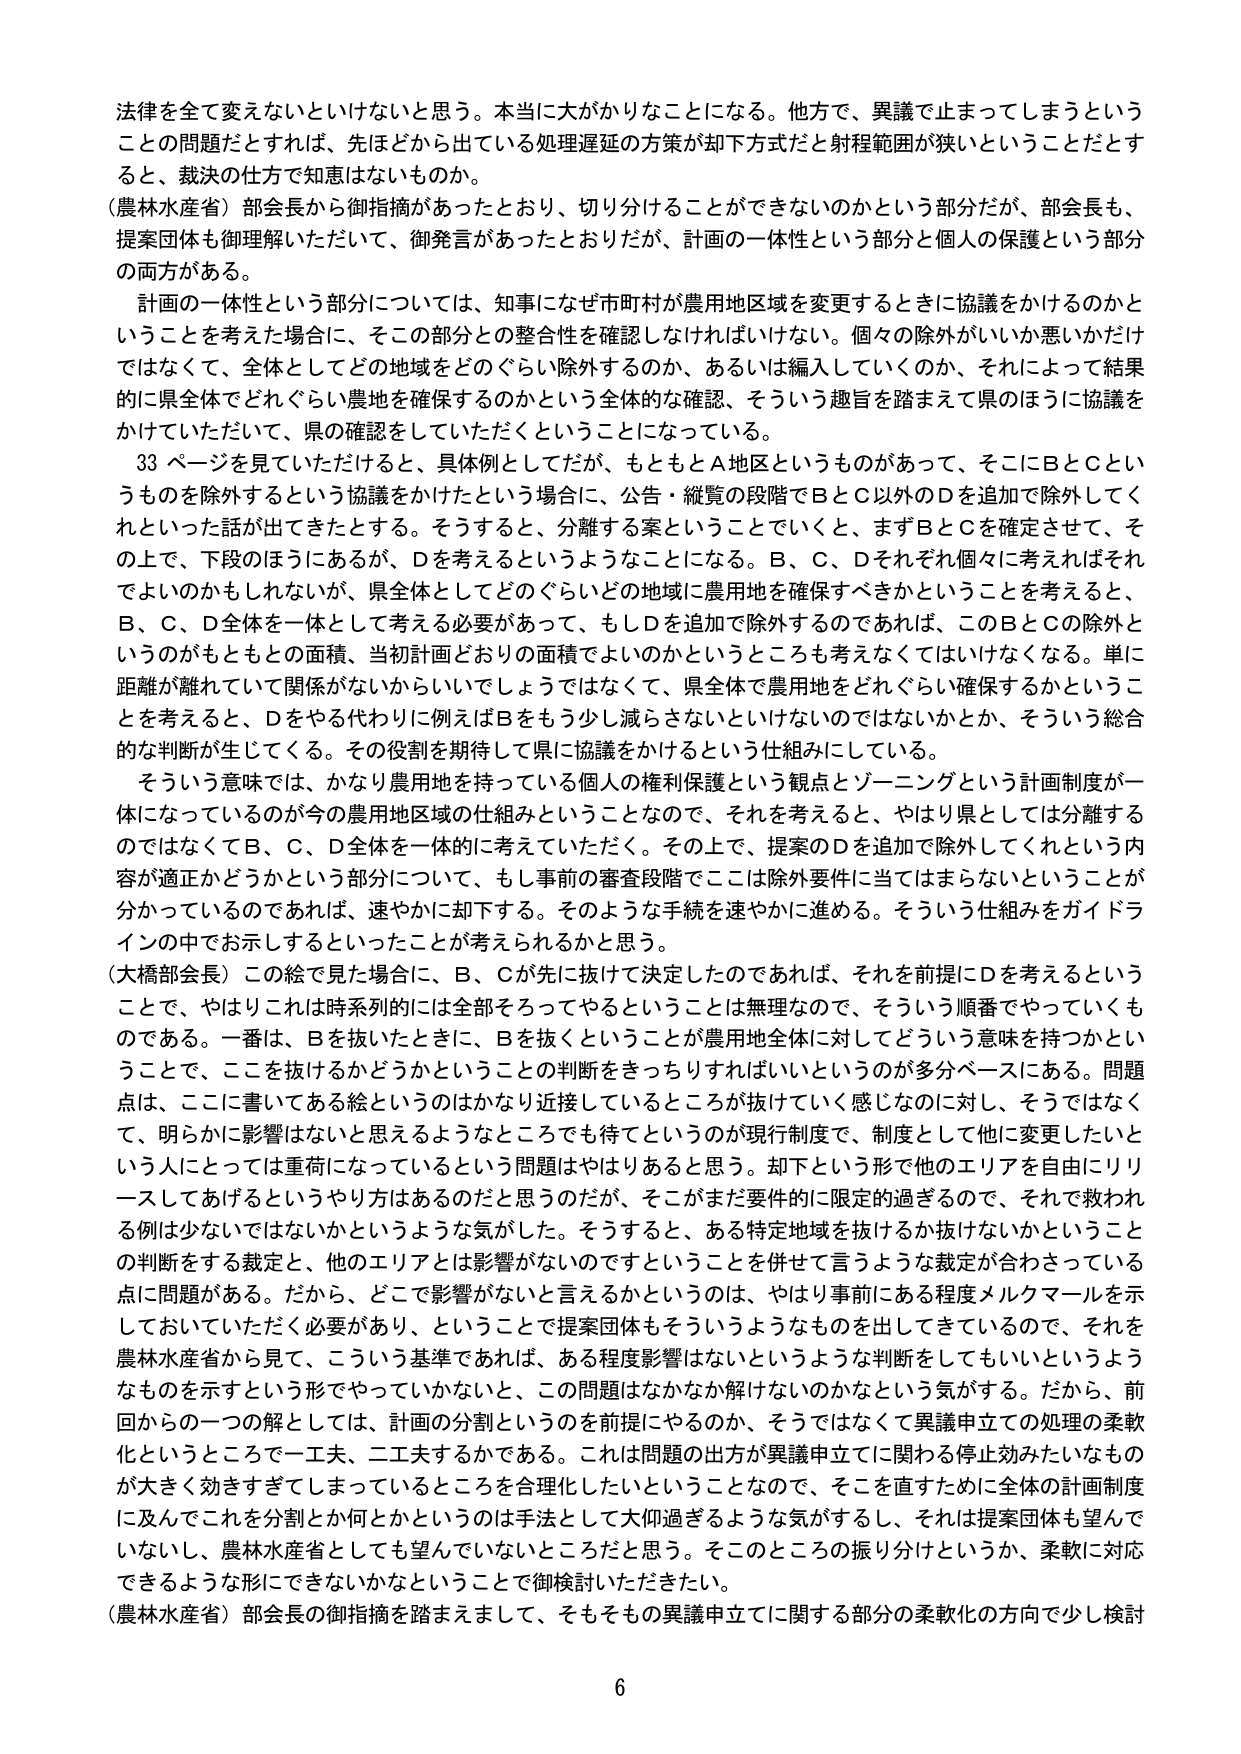
法律を全て変えないといけないと思う。本当に大がかりなことになる。他方で、異議で止まってしまうということの問題だとすれば、先ほどから出ている処理遅延の方策が却下方式だと射程範囲が狭いということだとすると、裁決の仕方で知恵はないものか。

（農林水産省）部会長から御指摘があったとおり、切り分けることができないのかという部分だが、部会長も、提案団体も御理解いただいて、御発言があったとおりだが、計画の一体性という部分と個人の保護という部分の両方がある。

計画の一体性という部分については、知事になぜ市町村が農用地区域を変更するときに協議をかけるのかということを考えた場合に、その部分との整合性を確認しなければいけない。個々の除外がいいか悪いかだけではなくて、全体としてどの地域をどのぐらい除外するのか、あるいは編入していくのか、それによって結果的に県全体でどれぐらい農地を確保するのかという全体的な確認、そういう趣旨を踏まえて県のほうに協議をかけていただいて、県の確認をしていただくということになっている。

33ページを見ていただけると、具体例としてだが、もともとA地区というものがあって、そこにBとCというものもを除外するという協議をかけたという場合に、公告・縦覧の段階でBとC以外のDを追加で除外してくれといった話が出てきたとする。そうすると、分離する案ということでいくと、まずBとCを確定させて、その上で、下段のほうにあるが、Dを考えるということになる。B、C、Dそれぞれ個々に考えればそれでよいのかもしれないが、県全体としてどのぐらいどの地域に農用地を確保すべきかということを考えると、B、C、D全体を一体として考える必要があって、もしDを追加で除外するのであれば、このBとCの除外というのがもともとの面積、当初計画どおりの面積でよいのかというところも考えなくてはいけなくなる。単に距離が離れていて関係がないからいいでしょうではなくて、県全体で農用地をどれぐらい確保するかということを考えると、Dをやる代わりに例えばBをもう少し減らさないといけないのではないかとか、そういう総合的な判断が生じてくる。その役割を期待して県に協議をかけるという仕組みにしている。

そういう意味では、かなり農用地を持っている個人の権利保護という観点とゾーニングという計画制度が一体になっているのが今の農用地区域の仕組みということなので、それを考えると、やはり県としては分離するのではなくてB、C、D全体を一体的に考えていただく。その上で、提案のDを追加で除外してくれという内容が適正かどうかという部分について、もし事前の審査段階でここは除外要件に当てはまらないということが分かっているのであれば、速やかに却下する。そのような手続を速やかに進める。そういう仕組みをガイドラインの中でお示しするといったことが考えられるかと思う。

（大橋部会長）この絵で見た場合に、B、Cが先に抜けて決定したのであれば、それを前提にDを考えるということで、やはりこれは時系列的には全部をろってやるということは無理なので、そういう順番でやっていくものである。一番は、Bを抜いたときに、Bを抜くということが農用地全体に対してどういう意味を持つかということで、ここを抜けるかどうかというこの判断をきっちりすればいいというのが多分ベースにある。問題点は、ここに書いてある絵というのはかなり近接しているところが抜けていく感じなのに対し、そうではなくて、明らかに影響はないと思うようなところでも待てというのが現行制度で、制度として他に変更したいという人にとっては重荷になっているという問題はやはりあると思う。却下という形で他のエリアを自由にリリースしてあげるというやり方はあるのだと思うのだが、そこがまだ要件的に限定的過ぎるので、それで救われる例は少ないではないかというような気がした。そうすると、ある特定地域を抜けるか抜けないかというこの判断をする裁定と、他のエリアとは影響がないのですということを併せて言うような裁定が合わさっている点に問題がある。だから、どこで影響がないと言えるかというのは、やはり事前にある程度メルクマールを示しておいていただく必要があり、ということで提案団体もそういうようなものを出してきているので、それを農林水産省から見て、こういう基準であれば、ある程度影響はないというような判断してもいいというようなものを示すという形でやっていかないと、この問題はなかなか解けないのかなという気がする。だから、前回からの一つの解としては、計画の分割というのを前提にやるのか、そうではなくて異議申立ての処理の柔軟化というところで一工夫、二工夫するかである。これは問題の出方が異議申立てに関わる停止効みたいなものが大きく効きすぎてしまっているところを合理化したいということなので、そこを直すために全体の計画制度に及んでこれを分割とか何かというのは手法として大仰過ぎるような気がするし、それは提案団体も望んでいないし、農林水産省としても望んでいないところだと思う。そこのところの振り分けというか、柔軟に対応できるような形にできないかなということで御検討いただきたい。

（農林水産省）部会長の御指摘を踏まえまして、そもそもその異議申立てに関する部分の柔軟化の方向で少し検討

6